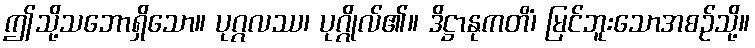
ဤသို့သဘောရှိသော။ ပုဂ္ဂလဿ၊ ပုဂ္ဂိုလ်၏။ ဒိဋ္ဌာနုကတိံ၊ မြင်ဘူးသောအစဉ်သို့။